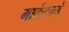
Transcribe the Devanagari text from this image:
मार्केटकडे